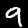
Digit: 9